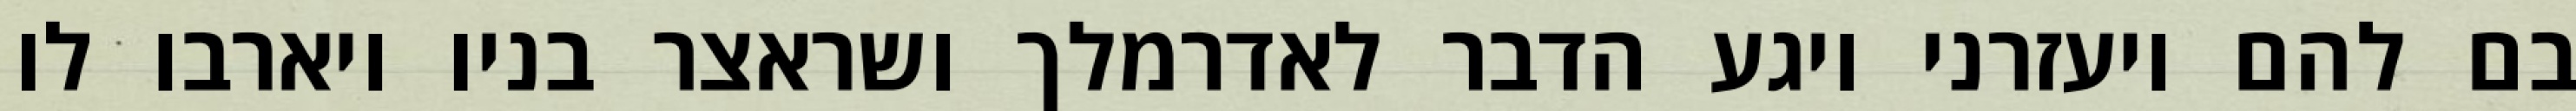
בם להם ויעזרני ויגע הדבר לאדרמלך ושראצר בניו ויארבו לו